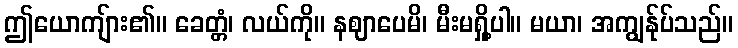
ဤယောကျ်ား၏။ ခေတ္တံ၊ လယ်ကို။ နဈာပေမိ၊ မီးမရှို့ပါ။ မယာ၊ အကျွန်ုပ်သည်။